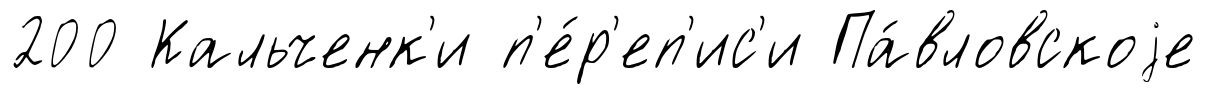
200 Кальченк'и п'е́р'еп'ис'и Па́вловскоjе